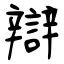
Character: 辯